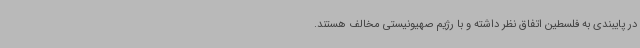
در پایبندی به فلسطین اتفاق نظر داشته و با رژیم صهیونیستی مخالف هستند.